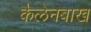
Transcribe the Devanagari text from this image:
कैलेनबाख